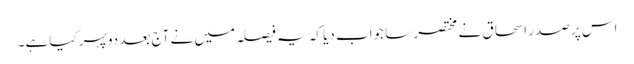
اس پر صدر اسحاق نے مختصر سا جواب دیا کہ یہ فیصلہ میں نے آج بعد دوپہر کیا ہے۔